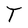
Character: T